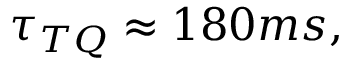
\tau _ { T Q } \approx 1 8 0 m s ,